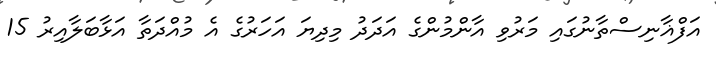
އަފްޣާނިސްތާނުގައި މަރުވި އާންމުންގެ އަދަދު މިދިޔަ އަހަރުގެ އެ މުއްދަތާ އަޅާބަލާއިރު 15